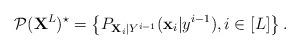
LaTeX: \begin{align*}\mathcal{P}( {\bf X}^L)^{\star} = \left\{ P_{ {\bf X}_i | Y^{i-1}}({\bf x}_i | y^{i-1}), i \in[L] \right\}. \end{align*}